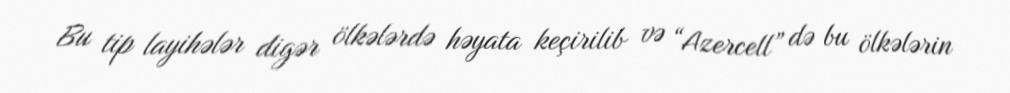
Bu tip layihələr digər ölkələrdə həyata keçirilib və “Azercell” də bu ölkələrin